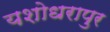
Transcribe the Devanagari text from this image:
यशोधरापुर